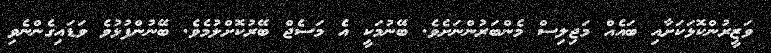
ވަޒީރުންކޮޅަކަށާއި ބައެއް މަޖިލިސް މެންބަރުންނަށެވެ. ބޭނުމަކީ އެ މަސެޖް ބޭރުކޮށްލުމެވެ. ބޭނުންފުޅުވެ ވަޑައިގެންނެވި